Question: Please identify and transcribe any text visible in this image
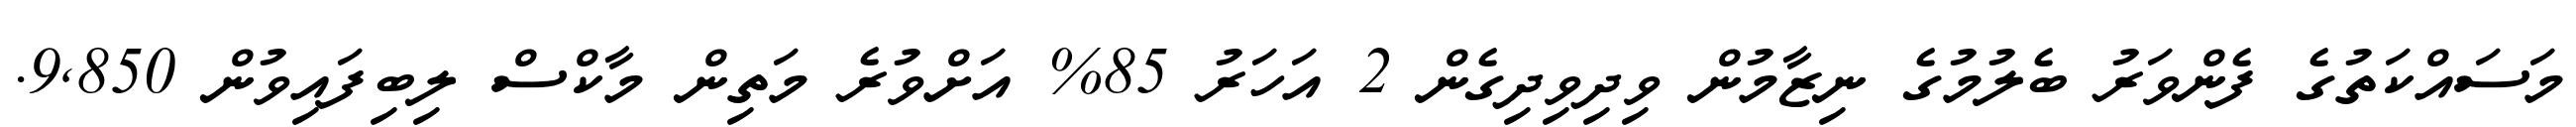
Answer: މަސައްކަތުގެ ފެންވަރު ބެލުމުގެ ނިޒާމުން ވިދިވިދިގެން 2 އަހަރު 85% އަށްވުރެ މަތިން މާކްސް ލިބިފައިވުން 9,850.